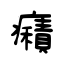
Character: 癪